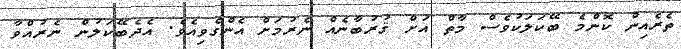
ތެރެއިން ކޮންމެ ބޭކަލަކުވެސް މާތް އަށް ޤުރުބާނެއް ނެރުމަށް އެންގެވިއެވެ. އެދެބޭކަލުން ނެރުއްވާ